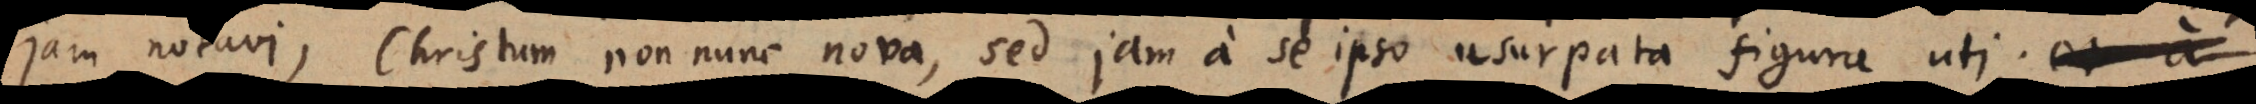
jam notavi, Christum non nunc nova, sed jam a se ipso usurpata figura uti;